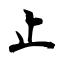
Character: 止